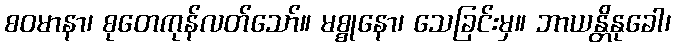
စဝမာနာ၊ စုတေကုန်လတ်သော်။ မစ္စုနော၊ သေခြင်းမှ။ ဘာယန္တိနုခေါ၊